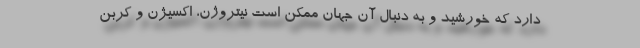
دارد که خورشید و به دنبال آن جهان ممکن است نیتروژن، اکسیژن و کربن